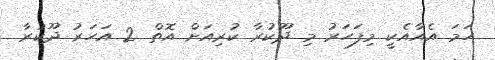
ހަމަ އެއާއެކީ މިފަހަރު މި ދޫކުރާ ކުރިއަށް އޮތް 2 އަހަރު ދޫކުރާ